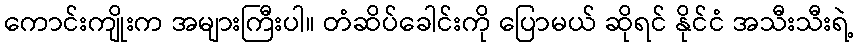
ကောင်းကျိုးက အများကြီးပါ။ တံဆိပ်ခေါင်းကို ပြောမယ် ဆိုရင် နိုင်ငံ အသီးသီးရဲ့